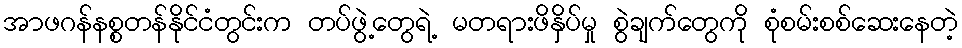
အာဖဂန်နစ္စတန်နိုင်ငံတွင်းက တပ်ဖွဲ့တွေရဲ့ မတရားဖိနှိပ်မှု စွဲချက်တွေကို စုံစမ်းစစ်ဆေးနေတဲ့